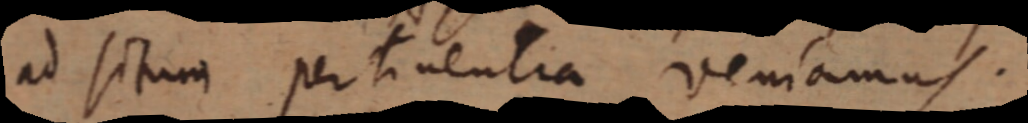
ad situm pertinentia veniamus.